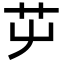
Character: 𦬏